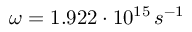
\omega = 1 . 9 2 2 \cdot 1 0 ^ { 1 5 } \, s ^ { - 1 }